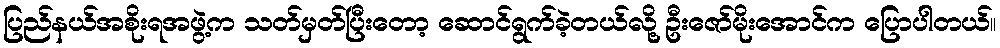
ပြည်နယ်အစိုးရအဖွဲ့က သတ်မှတ်ပြီးတော့ ဆောင်ရွက်ခဲ့တယ်လို့ ဦးဇော်မိုးအောင်က ပြောပါတယ်။